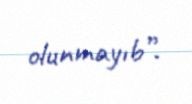
olunmayıb”.